Leaving Certificate Examination (including Day School Certificate (Higher) General paper), 1933
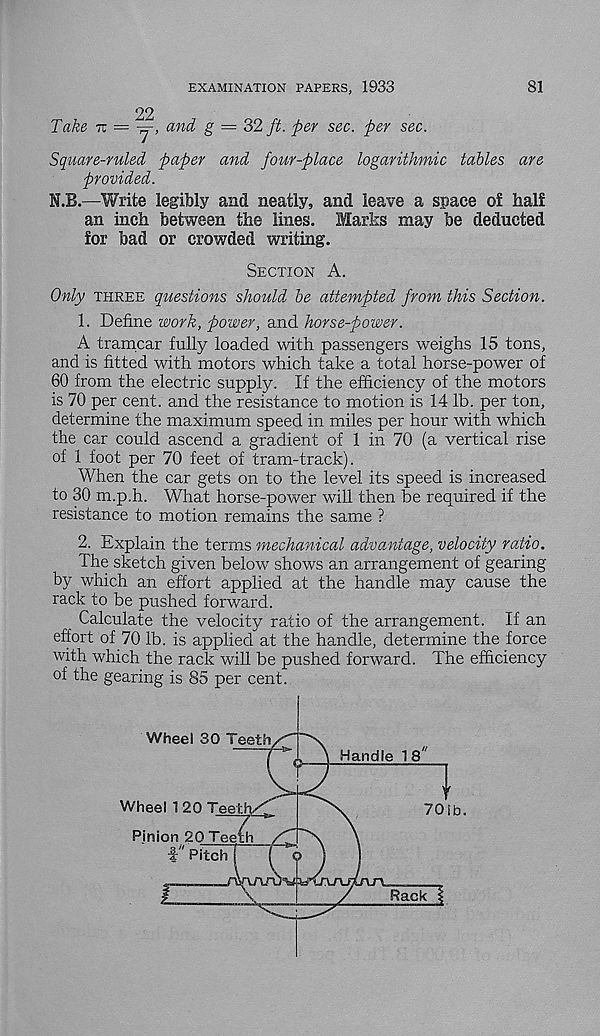
EXAMINATION PAPERS, 1933
81
Square-ruled paper and four-place logarithmic tables are
provided.
N.B.—Write legibly and neatly, and leave a space o£ half
an inch between the lines. Marks may be deducted
for bad or crowded writing.
Section A.
Only three questions should be attempted from this Section.
1. Define work, power, and horse-power.
A tramcar fully loaded with passengers weighs 15 tons,
and is fitted with motors which take a total horse-power of
60 from the electric supply. If the efficiency of the motors
is 70 per cent, and the resistance to motion is 14 lb. per ton,
determine the maximum speed in miles per hour with which
the car could ascend a gradient of 1 in 70 (a vertical rise
of 1 foot per 70 feet of tram-track).
When the car gets on to the level its speed is increased
to 30 m.p.h. What horse-power will then be required if the
resistance to motion remains the same ?
2. Explain the terms mechanical advantage, velocity ratio.
The sketch given below shows an arrangement of gearing
by which an effort applied at the handle may cause the
rack to be pushed forward.
Calculate the velocity ratio of the arrangement. If an
effort of 70 lb. is applied at the handle, determine the force
with which the rack will be pushed forward. The efficiency
of the gearing is 85 per cent.
Wheel 3(
Wheel 1 20 Teetiy
Pinion 20 Teeili
a 11
, T '
4' Pitch
701b.
I